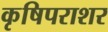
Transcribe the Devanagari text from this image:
कृषिपराशर